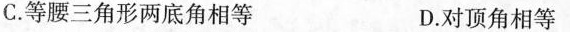
C.等腰三角形两底角相等 D.对顶角相等